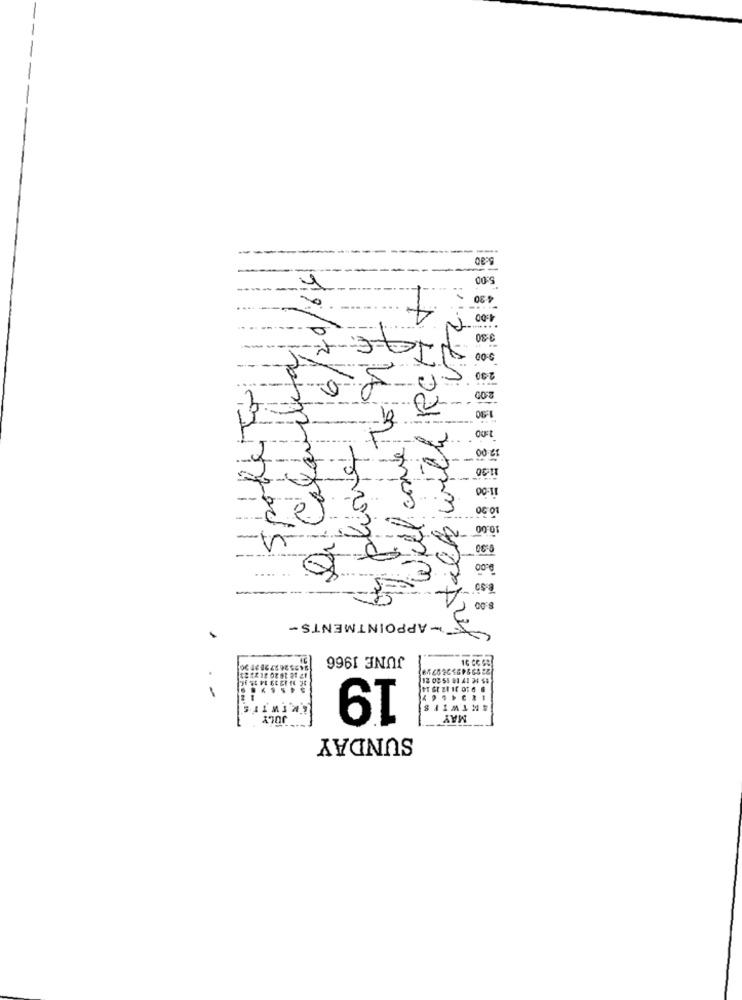
----
5:30
aplione 6/20/66
5:00
fortack will RCH+
4:30
Will conte to My
3:30
-
5-00
2:00
1.90
1:00
1:30
11:00
10.00
0:30
0.00
8:00
-APPOINTMENTS-
JUNE 1966
17 18 16 20 21 73
19
$5 1€ 17 10 15 20 21
JULY
MAY
SUNDAY